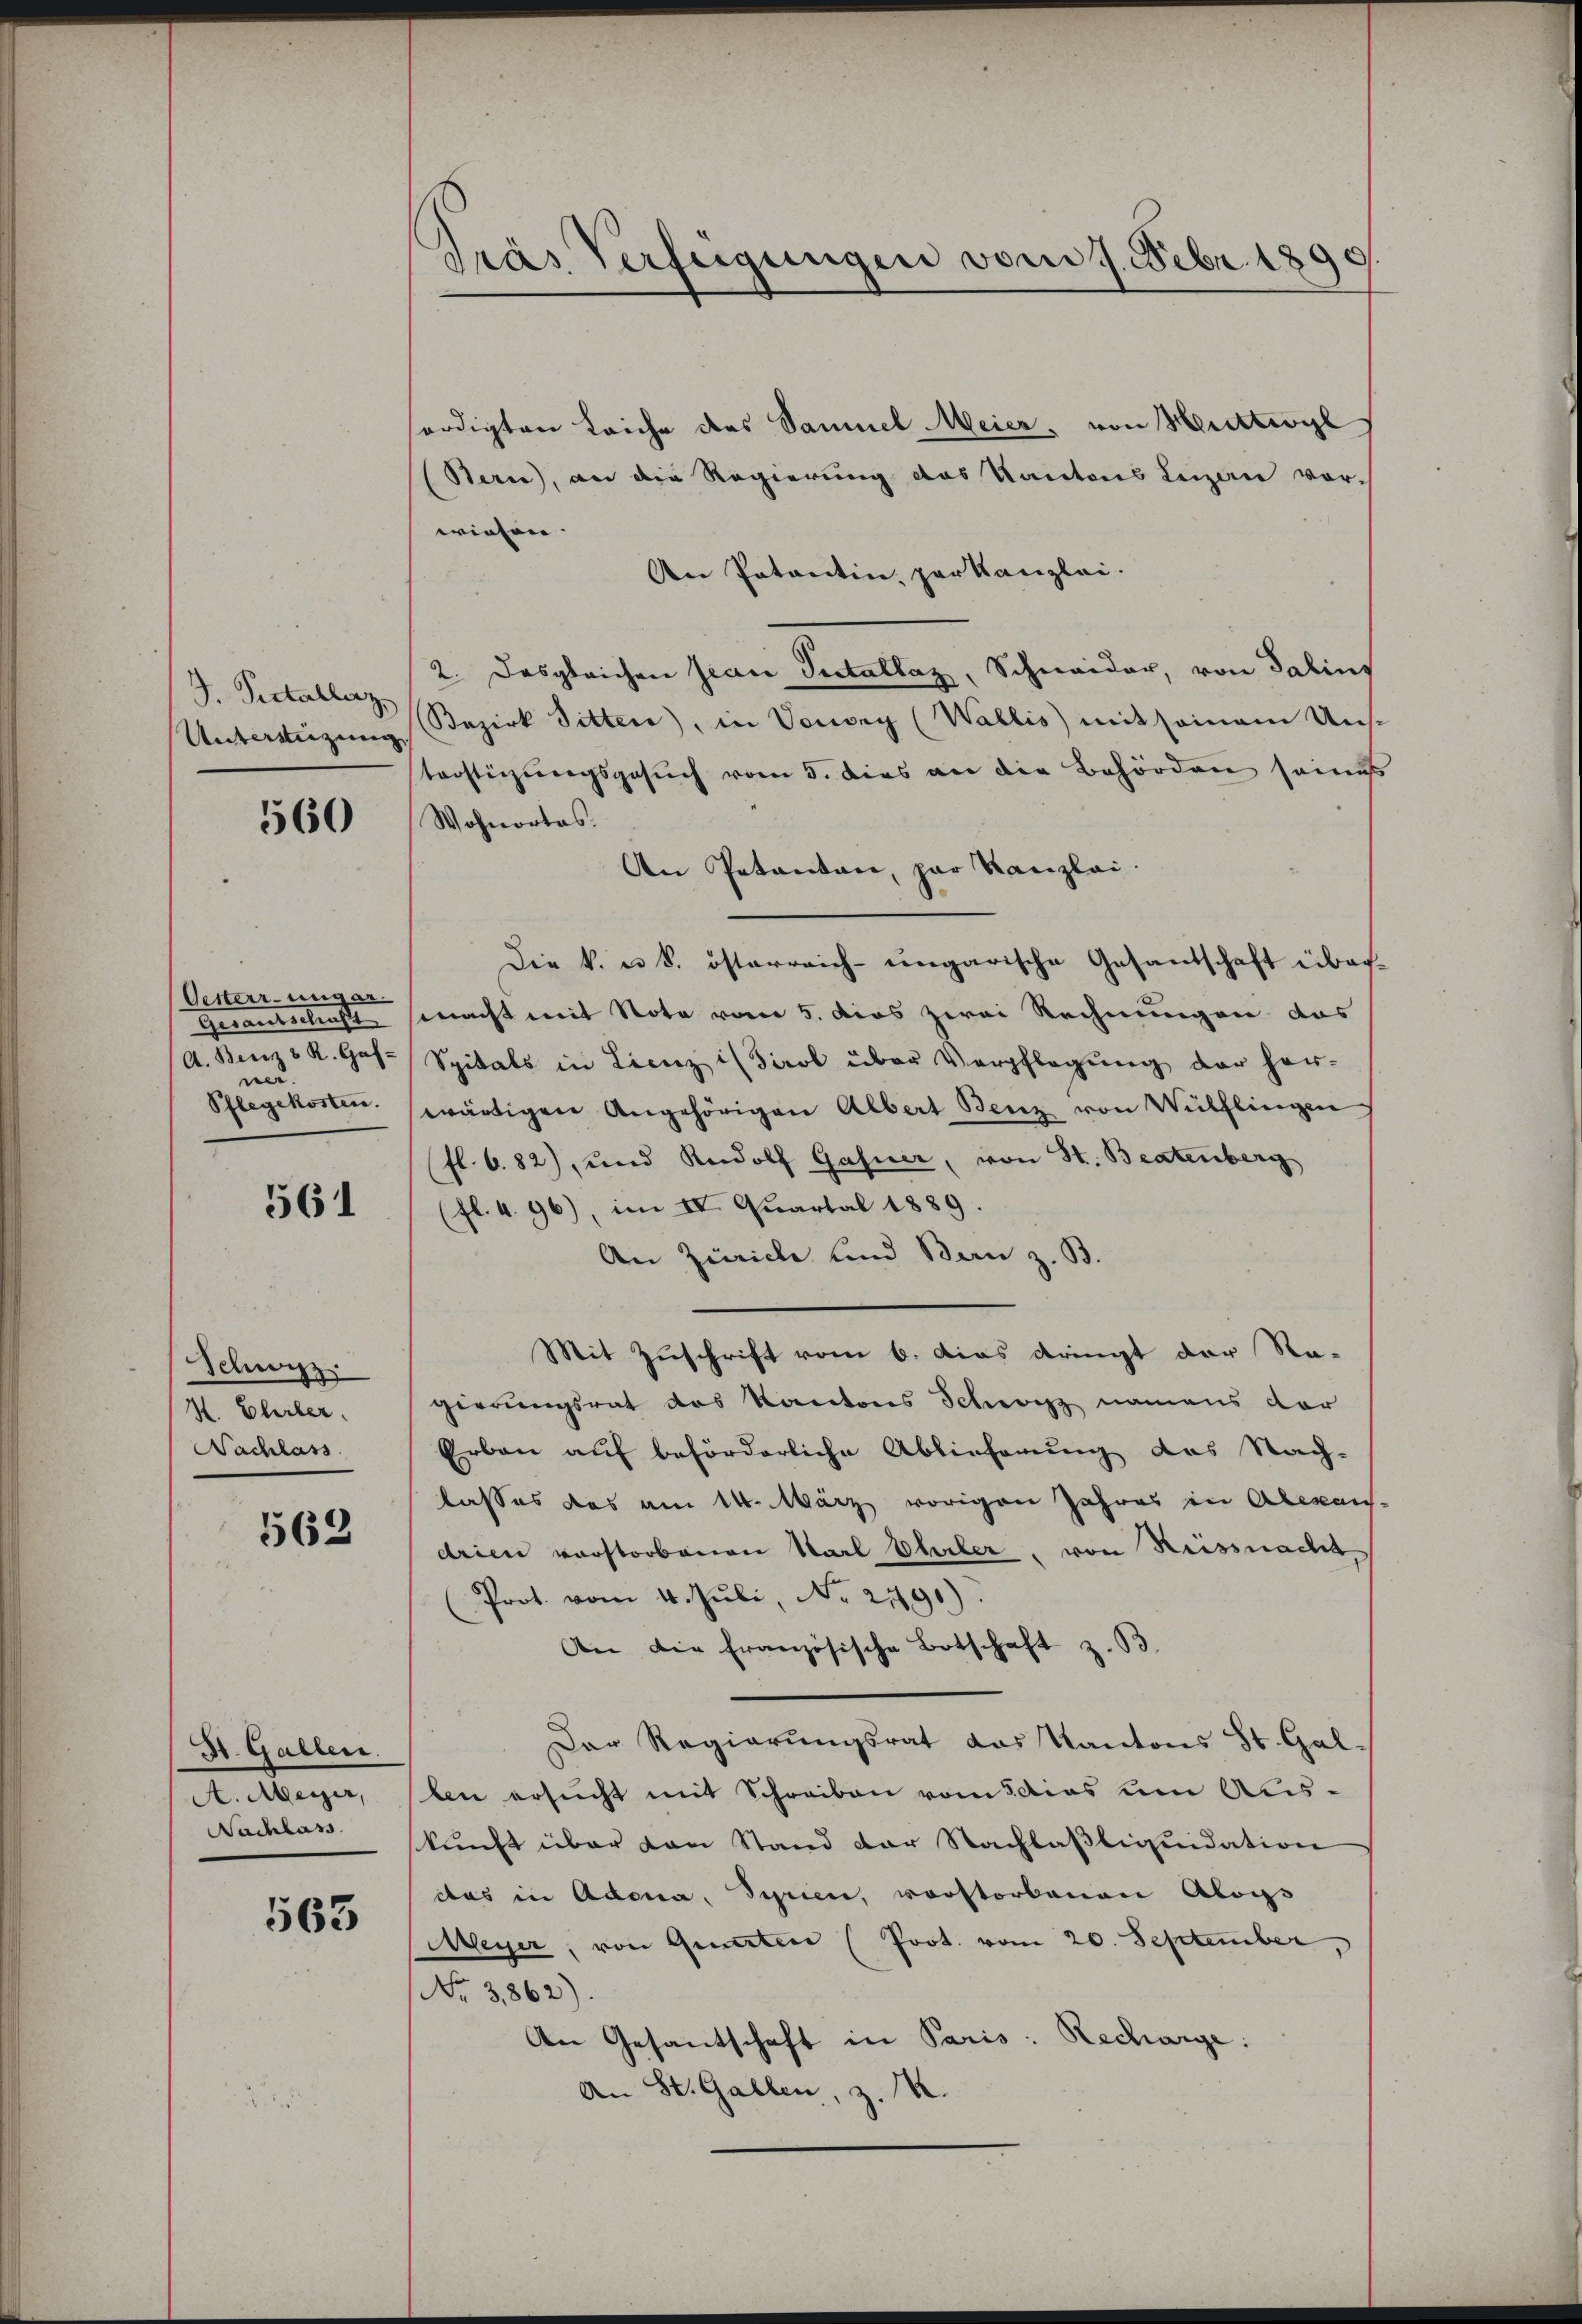
J. Peetallerz
Untersteigung

560

Oesterr. ungar.
Gerantschaft
(A. Bern & R. Gas-
und
Pflegekosten.

561

Schwyz.
H. Ehrler
Nachlass

562

St. Gallen.
A. Meyer,
Nachlass

563

drás Verfügungen vom 7. Febr. 1890

sordigten Leiche des Samuel Meier, von Muttwyl
(Bern), an die Regierung des Kantons Lezan vor-
wiesen.
An Patentin, par Kanzlei.
2. Desgleichen Jean Pestallaz, Schneider, von Salins
Bezirk Sitten, in Vouvry (Wallis mit seinem Uns-
terstigungsgesuch vom 5. dies an die Behörden seines
Wohnortas.
An Petenten, par Kanzlei.
Die k. u. k. österreich-ungarische Gesantschaft über-
macht mit Note vom 5. dies zwei Rechnungen das
Spitals in Lienz is Tirol über Verpflegung der her-
wärtigen Angehörigen Albert Benz von Wülflingen
(fl. 6. 82), und Rudolf Gasner, von St. Beatenberg
(fl. 4. 96), im IV. Quartal 1889.
An Zürich und Bern z. B.
Mit Zuschrift vom 6. Das dringt der Ra-
gierungsrat des Kantons Schwyz namens der
Erbau auf beförderliche Ablieferung des Nach-
lasses das am 14. März vorigen Jahres in Alemans.
drien verstorbenen Starl Ehler, von Reisenacht
Prot. vom 4. Jŭli, No. 21191)
An die französische Botschaft z. B.
Der Regierŭngsrat das Kantons St. Gal
ben ersucht mit Schreiben vom 3 dies um Ausskunft über von Stand der Nachlasliquidation
das in Adena, Syrien, vorstorbenen Aloys
Meyer, von Quinter (Prot. vom 20. September,
No 3862).
An Gesandschaft in Paris: Recharge:
An St. Gallen, z. B.